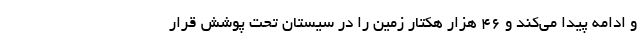
و ادامه پیدا می‌کند و ۴۶ هزار هکتار زمین را در سیستان تحت پوشش قرار